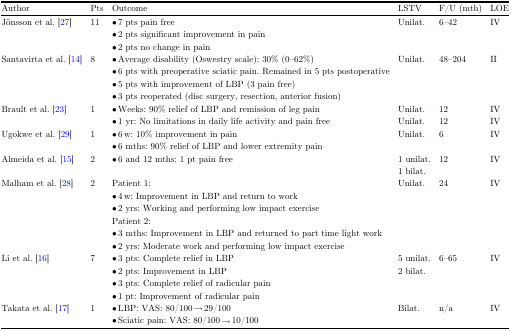
| Author | Pts | Outcome | LSTV | F/U (mth) | LOE |
 | --- | --- | --- | --- | --- | --- |
 | Jönsson et al. [27] | 11 | • 7 pts pain free | Unilat. | 6–42 | IV |
 |  |  | • 2 pts significant improvement in pain |  |  |  |
 |  |  | • 2 pts no change in pain |  |  |  |
 | Santavirta et al. [14] | 8 | • Average disability (Oswestry scale): 30% (0–62%) | Unilat. | 48–204 | II |
 |  |  | • 6 pts with preoperative sciatic pain. Remained in 5 pts postoperative |  |  |  |
 |  |  | • 5 pts with improvement of LBP (3 pain free) |  |  |  |
 |  |  | • 3 pts reoperated (disc surgery, resection, anterior fusion) |  |  |  |
 | Brault et al. [23] | 1 | • Weeks: 90% relief of LBP and remission of leg pain | Unilat. | 12 | IV |
 |  |  | • 1 yr: No limitations in daily life activity and pain free | Unilat. | 12 | IV |
 | Ugokwe et al. [29] | 1 | • 6 w: 10% improvement in pain | Unilat. | 6 | IV |
 |  |  | • 6 mths: 90% relief of LBP and lower extremity pain |  |  |  |
 | Almeida et al. [15] | 2 | • 6 and 12 mths: 1 pt pain free | 1 unilat. | 12 | IV |
 |  |  |  | 1 bilat. |  |  |
 | Malham et al. [28] | 2 | Patient 1: | Unilat. | 24 | IV |
 |  |  | • 4 w: Improvement in LBP and return to work |  |  |  |
 |  |  | • 2 yrs: Working and performing low impact exercise |  |  |  |
 |  |  | Patient 2: |  |  |  |
 |  |  | • 3 mths: Improvement in LBP and returned to part time light work |  |  |  |
 |  |  | • 2 yrs: Moderate work and performing low impact exercise |  |  |  |
 | Li et al. [16] | 7 | • 3 pts: Complete relief in LBP | 5 unilat. | 6–65 | IV |
 |  |  | • 2 pts: Improvement in LBP | 2 bilat. |  |  |
 |  |  | • 3 pts: Complete relief of radicular pain |  |  |  |
 |  |  | • 1 pt: Improvement of radicular pain |  |  |  |
 | Takata et al. [17] | 1 | • LBP: VAS: 80/100 → 29/100 | Bilat. | n/a | IV |
 |  |  | • Sciatic pain: VAS: 80/100 → 10/100 |  |  |  |